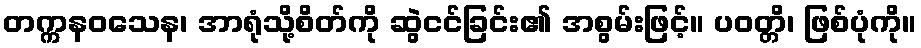
တက္ကနဝသေန၊ အာရုံသို့စိတ်ကို ဆွဲငင်ခြင်း၏ အစွမ်းဖြင့်။ ပဝတ္တိ၊ ဖြစ်ပုံကို။